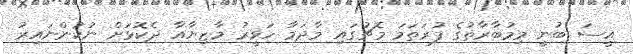
އީސަ ބުނީ މިމުބާރާތުގެ ފުރަތަމަ މެޗުގައި މާދަމާ ހަވީރު މާޒިޔާއާ ދެކޮޅަށް ނުކުންނައިރު